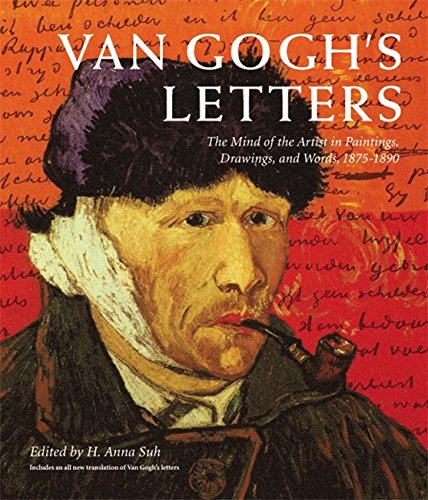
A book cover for Van Gogh's Letters: The Mind of the Artist in Paintings, Drawings, and Words, 1875-1890; Vincent van Gogh; Literature & Fiction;